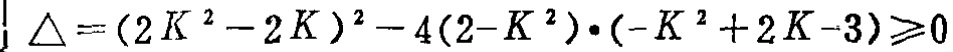
\(\Delta=(2K^{2}-2K)^{2}-4(2 - K^{2})\cdot(-K^{2}+2K - 3)\geqslant0\)